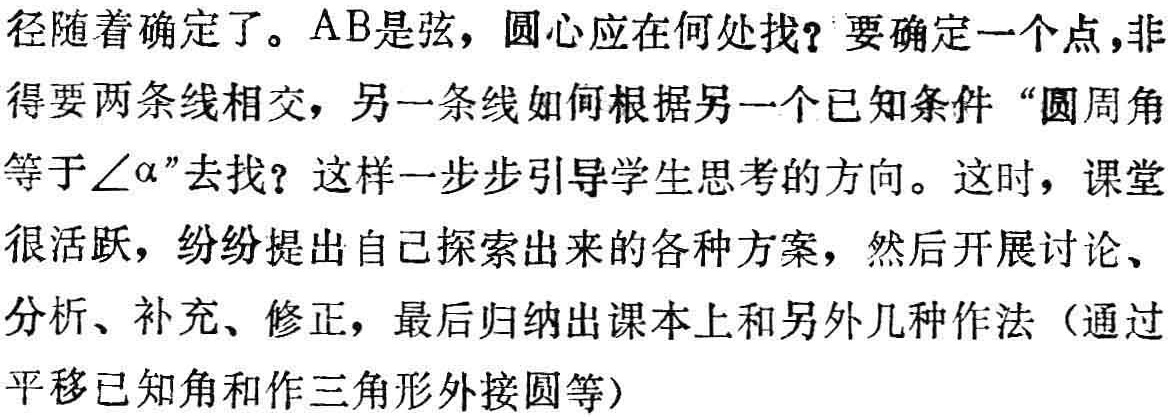
径随着确定了。$AB$是弦，圆心应在何处找？要确定一个点，非得要两条线相交，另一条线如何根据另一个已知条件“圆周角等于$\angle\alpha$”去找？这样一步步引导学生思考的方向。这时，课堂很活跃，纷纷提出自己探索出来的各种方案，然后开展讨论、分析、补充、修正，最后归纳出课本上和另外几种作法（通过平移已知角和作三角形外接圆等）